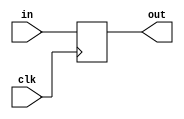
module coreir_reg #(
    parameter width = 1,
    parameter clk_posedge = 1,
    parameter init = 1
) (
    input clk,
    input [width-1:0] in,
    output [width-1:0] out
);
  reg [width-1:0] outReg=init;
  wire real_clk;
  assign real_clk = clk_posedge ? clk : ~clk;
  always @(posedge real_clk) begin
    outReg <= in;
  end
  assign out = outReg;
endmodule

module DFF_init0_has_ceFalse_has_resetFalse_has_async_resetFalse (
    input I,
    output O,
    input CLK
);
wire [0:0] reg_P_inst0_out;
coreir_reg #(
    .clk_posedge(1'b1),
    .init(1'h0),
    .width(1)
) reg_P_inst0 (
    .clk(CLK),
    .in(I),
    .out(reg_P_inst0_out)
);
assign O = reg_P_inst0_out[0];
endmodule

module Johnson2 (
    output [1:0] O,
    input CLK
);
wire DFF_init0_has_ceFalse_has_resetFalse_has_async_resetFalse_inst0_O;
wire DFF_init0_has_ceFalse_has_resetFalse_has_async_resetFalse_inst1_O;
wire not_inst0_out;
DFF_init0_has_ceFalse_has_resetFalse_has_async_resetFalse DFF_init0_has_ceFalse_has_resetFalse_has_async_resetFalse_inst0 (
    .I(not_inst0_out),
    .O(DFF_init0_has_ceFalse_has_resetFalse_has_async_resetFalse_inst0_O),
    .CLK(CLK)
);
DFF_init0_has_ceFalse_has_resetFalse_has_async_resetFalse DFF_init0_has_ceFalse_has_resetFalse_has_async_resetFalse_inst1 (
    .I(DFF_init0_has_ceFalse_has_resetFalse_has_async_resetFalse_inst0_O),
    .O(DFF_init0_has_ceFalse_has_resetFalse_has_async_resetFalse_inst1_O),
    .CLK(CLK)
);
assign not_inst0_out = ~ DFF_init0_has_ceFalse_has_resetFalse_has_async_resetFalse_inst1_O;
assign O = {DFF_init0_has_ceFalse_has_resetFalse_has_async_resetFalse_inst1_O,DFF_init0_has_ceFalse_has_resetFalse_has_async_resetFalse_inst0_O};
endmodule